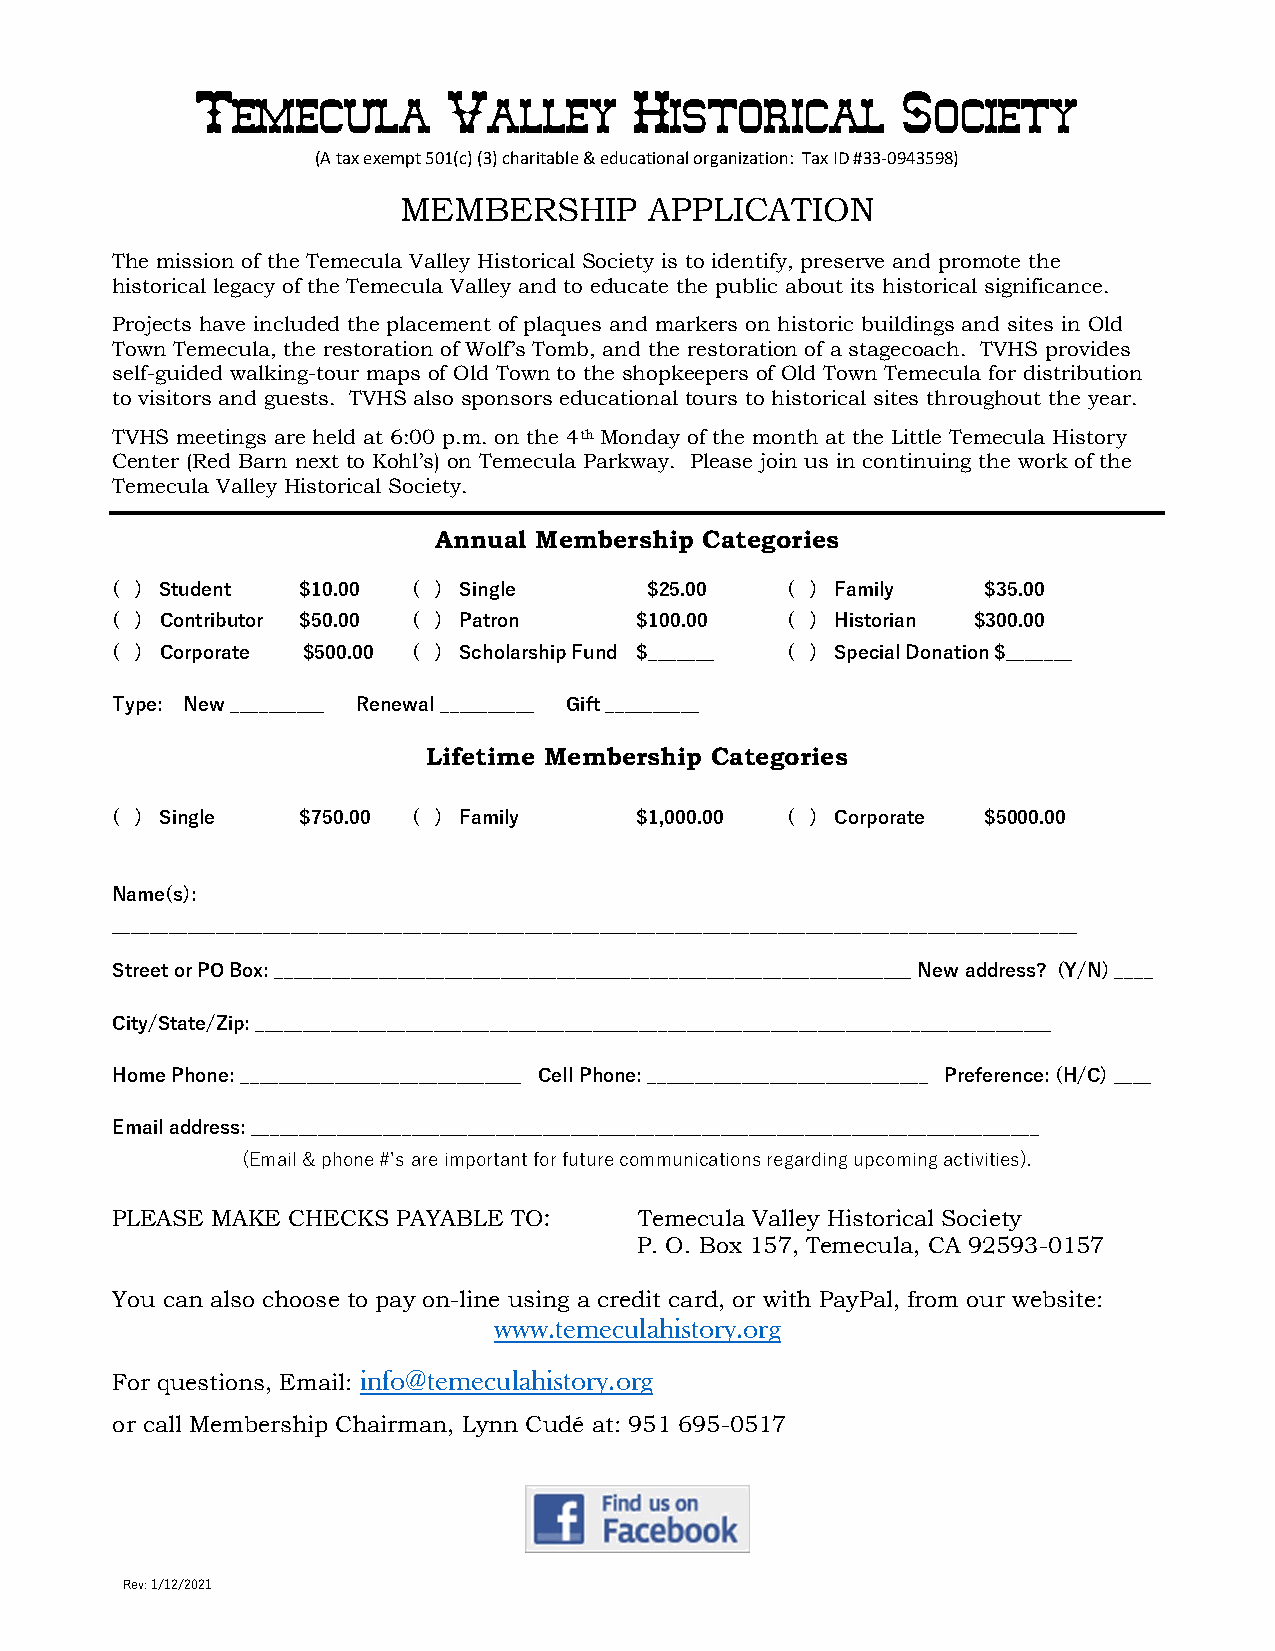
Temecula         Valley      Historical        Society
 (A tax exempt 501(c) (3) charitable & educational organization: Tax ID #33-0943598)
 MEMBERSHIP       APPLICATION
 The mission of the Temecula Valley Historical Society is to identify, preserve and promote the
 historical legacy of the Temecula Valley and to educate the public about its historical significance.
 Projects have included the placement of plaques and markers on historic buildings and sites in Old
 Town Temecula, the restoration of Wolf’s Tomb, and the restoration of a stagecoach. TVHS provides
 self-guided walking-tour maps of Old Town to the shopkeepers of Old Town Temecula for distribution
 to visitors and guests. TVHS also sponsors educational tours to historical sites throughout the year.
 TVHS meetings are held at 6:00 p.m. on the 4th Monday of the month at the Little Temecula History
 Center (Red Barn next to Kohl’s) on Temecula Parkway. Please join us in continuing the work of the
 Temecula Valley Historical Society.
 Annual Membership Categories
 ( ) Student  $10.00 ( ) Single      $25.00   ( ) Family   $35.00
 ( ) Contributor $50.00 ( ) Patron  $100.00   ( ) Historian $300.00
 ( ) Corporate $500.00 ( ) Scholarship Fund $_______ ( ) Special Donation $_______
 Type: New __________ Renewal __________ Gift __________
 Lifetime Membership Categories
 ( ) Single   $750.00 ( ) Family    $1,000.00 ( ) Corporate $5000.00
 Name(s):
 _______________________________________________________________________________________________________
 Street or PO Box: ____________________________________________________________________ New address? (Y/N) ____
 City/State/Zip: _____________________________________________________________________________________
 Home Phone: ______________________________ Cell Phone: ______________________________ Preference: (H/C) ____
 Email address: ____________________________________________________________________________________
 (Email & phone #’s are important for future communications regarding upcoming activities).
 PLEASE MAKE CHECKS PAYABLE TO:     Temecula Valley Historical Society
 P. O. Box 157, Temecula, CA 92593-0157
 You can also choose to pay on-line using a credit card, or with PayPal, from our website:
 www.temeculahistory.org
 For questions, Email: info@temeculahistory.org
 or call Membership Chairman, Lynn Cudé at: 951 695-0517
 Rev: 1/12/2021